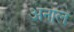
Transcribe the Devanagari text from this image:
अनाल